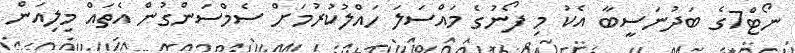
ނޯޓް7ގެ ބަދުނަސީބާ އެކު މި ފޯނުގެ މައްސަލަ ހައްލުކުރުމަށް ސެމްސަންގުން އެތައް މިލިއަން